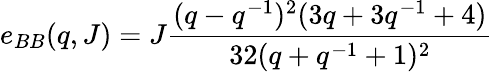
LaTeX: e_{BB}(q,J)=J\frac{(q-q^{-1})^{2}(3q+3q^{-1}+4)}{32(q+q^{-1}+1)^{2}}